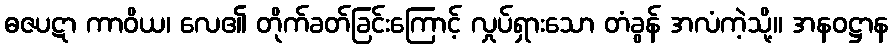
ဓဇပဋာ ကာဝိယ၊ လေ၏ တိုက်ခတ်ခြင်းကြောင့် လှုပ်ရှားသော တံခွန် အလံကဲ့သို့။ အနဝဋ္ဌာန